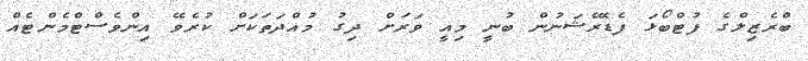
ބްރެޒިލްގެ ފުޓްބޯޅަ ފެޑެރޭޝަނުން ބުނީ މިއީ ވަރަށް ދިގު މުއްދަތަކަށް ކުރެވޭ އިންވެސްޓްމެންޓެއް